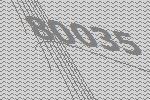
80035